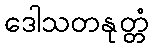
ဒေါသတနုတ္တံ